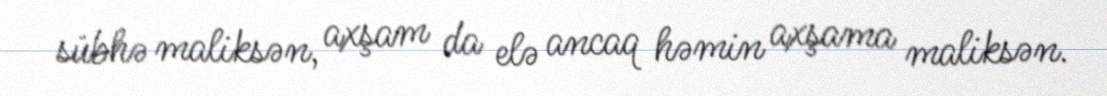
sübhə maliksən, axşam da elə ancaq həmin axşama maliksən.